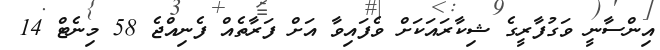
އިންސާނީ ވަގުފާރީގެ ޝިކާރައަކަށް ވެފައިވާ އަށް ފަރާތެއް ފެނިއްޖެ 58 މިނެޓް 14